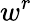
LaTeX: w^{r}